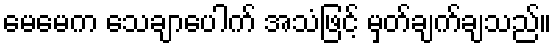
မေမေက သေချာပေါက် အသံဖြင့် မှတ်ချက်ချသည်။